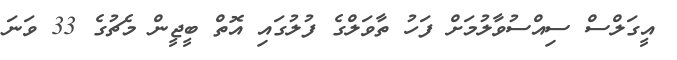
އީގަލްސް ސިއްސުވާލުމަށް ފަހު ތާވަލްގެ ފުލުގައި އޮތް ބީޖީން މެޗުގެ 33 ވަނަ